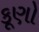
કૂણો